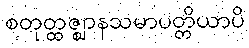
စတုတ္ထဇ္ဈာနသမာပတ္တိယာပိ